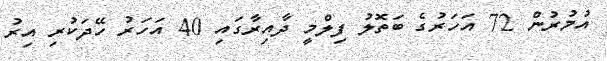
އުމުރުން 72 އަހަރުގެ ބަތޮލު ފިލްމީ ދާއިރާގައި 40 އަހަރު ހޭދަކުރި އިރު